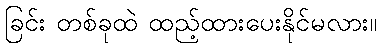
ခြင်း တစ်ခုထဲ ထည့်ထားပေးနိုင်မလား။